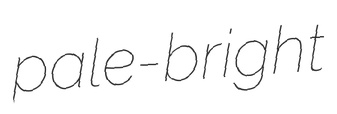
pale-bright